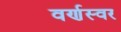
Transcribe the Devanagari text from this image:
वर्णस्वर